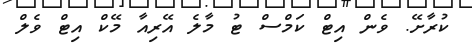
ކުރާށޭ. ވެން އިޓް ކަމްސް ޓު މާލެ އޭރިއާ މޭކް އިޓް ވެލް